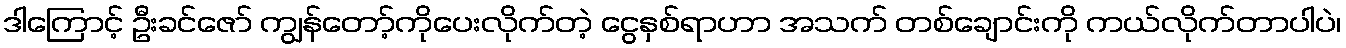
ဒါကြောင့် ဦးခင်ဇော် ကျွန်တော့်ကိုပေးလိုက်တဲ့ ငွေနှစ်ရာဟာ အသက် တစ်ချောင်းကို ကယ်လိုက်တာပါပဲ၊